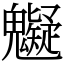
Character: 䰯